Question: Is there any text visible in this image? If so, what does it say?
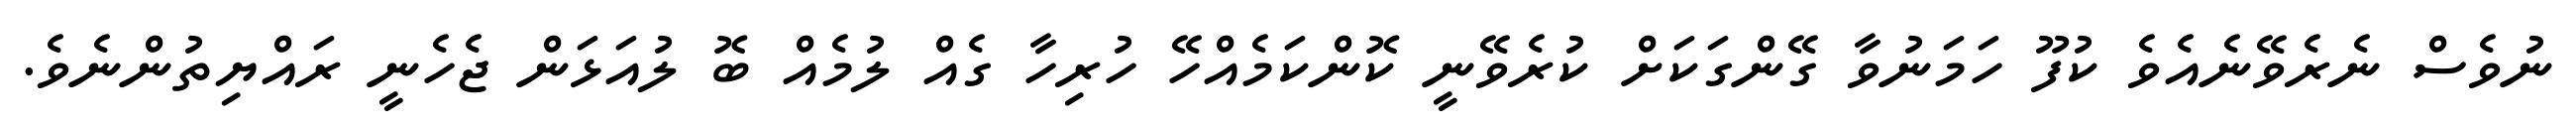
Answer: ނުވެސް ނެރެވޭނެއެވެ ކުފޫ ހަމަނުވާ ގޭންގަކަށް ކުރެވޭނީ ކޮންކަމެއްހޭ ހުރިހާ ގެއް ލުމެއް ބޮ ލުއަޅަން ޖެހެނީ ރައްޔިތުންނެވެ.